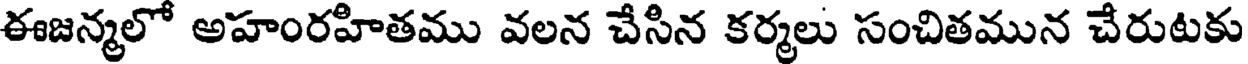
ఈజన్మలో అహంరహితము వలన చేసిన కర్మలు సంచితమున చేరుటకు